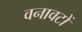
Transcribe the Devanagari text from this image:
वनावटों